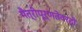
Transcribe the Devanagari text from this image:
मैत्रीपूर्णतेवरही